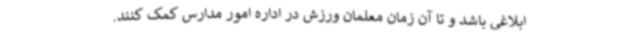
ابلاغی باشد و تا آن زمان معلمان ورزش در اداره امور مدارس کمک کنند.